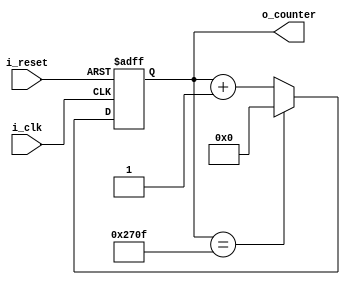
module counter_fnd(
    input i_clk,
    input i_reset,
    output [13:0] o_counter
    );

    reg [13:0] r_counter = 0 ;
    assign o_counter = r_counter;

    always @(posedge i_clk or posedge i_reset) begin
        if(i_reset) begin
            r_counter <= 0;
        end
        else begin
             if(r_counter == 9999) begin
                r_counter <= 0;
            end
            else begin
                r_counter <= r_counter +1;
            end
        end
    end

endmodule